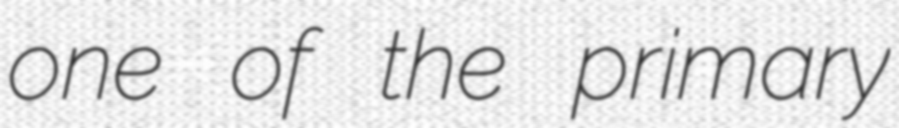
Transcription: one of the primary